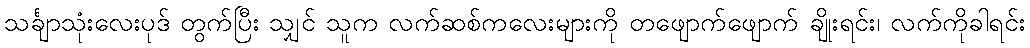
သင်္ချာသုံးလေးပုဒ် တွက်ပြီး သျှင် သူက လက်ဆစ်ကလေးများကို တဖျောက်ဖျောက် ချိုးရင်း၊ လက်ကိုခါရင်း